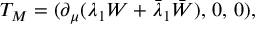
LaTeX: T _ { M } = ( \partial _ { \mu } ( \lambda _ { 1 } W + \bar { \lambda } _ { 1 } \bar { W } ) , \, 0 , \, 0 ) ,